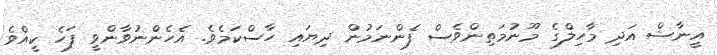
އީނާޝް އަދި މާހިލްގެ މޫނުމަތިންވެސް ފެންނަމުން ދިޔައި ހާސްކަމެވެ. އެހެންނުވާންވީ ފަހެ ކީއްވެ